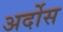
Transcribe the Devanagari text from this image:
अर्दोस